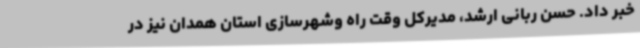
خبر داد. حسن ربانی ارشد، مدیرکل وقت راه وشهرسازی استان همدان نیز در